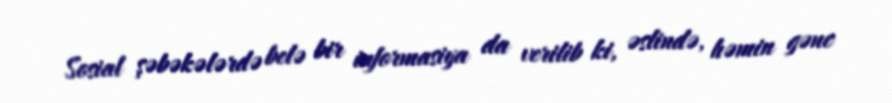
Sosial şəbəkələrdə belə bir informasiya da verilib ki, əslində, həmin gənc